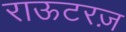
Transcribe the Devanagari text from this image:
राऊटरज़